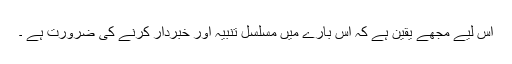
اس لیے مجھے یقین ہے کہ اس بارے میں مسلسل تنبیہ اور خبردار کرنے کی ضرورت ہے ۔